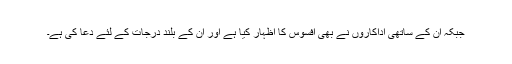
جبکہ ان کے ساتھی اداکاروں نے بھی افسوس کا اظہار کیا ہے اور ان کے بلند درجات کے لئے دعا کی ہے۔